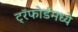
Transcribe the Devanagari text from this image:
ट्रॅफोर्डमध्ये